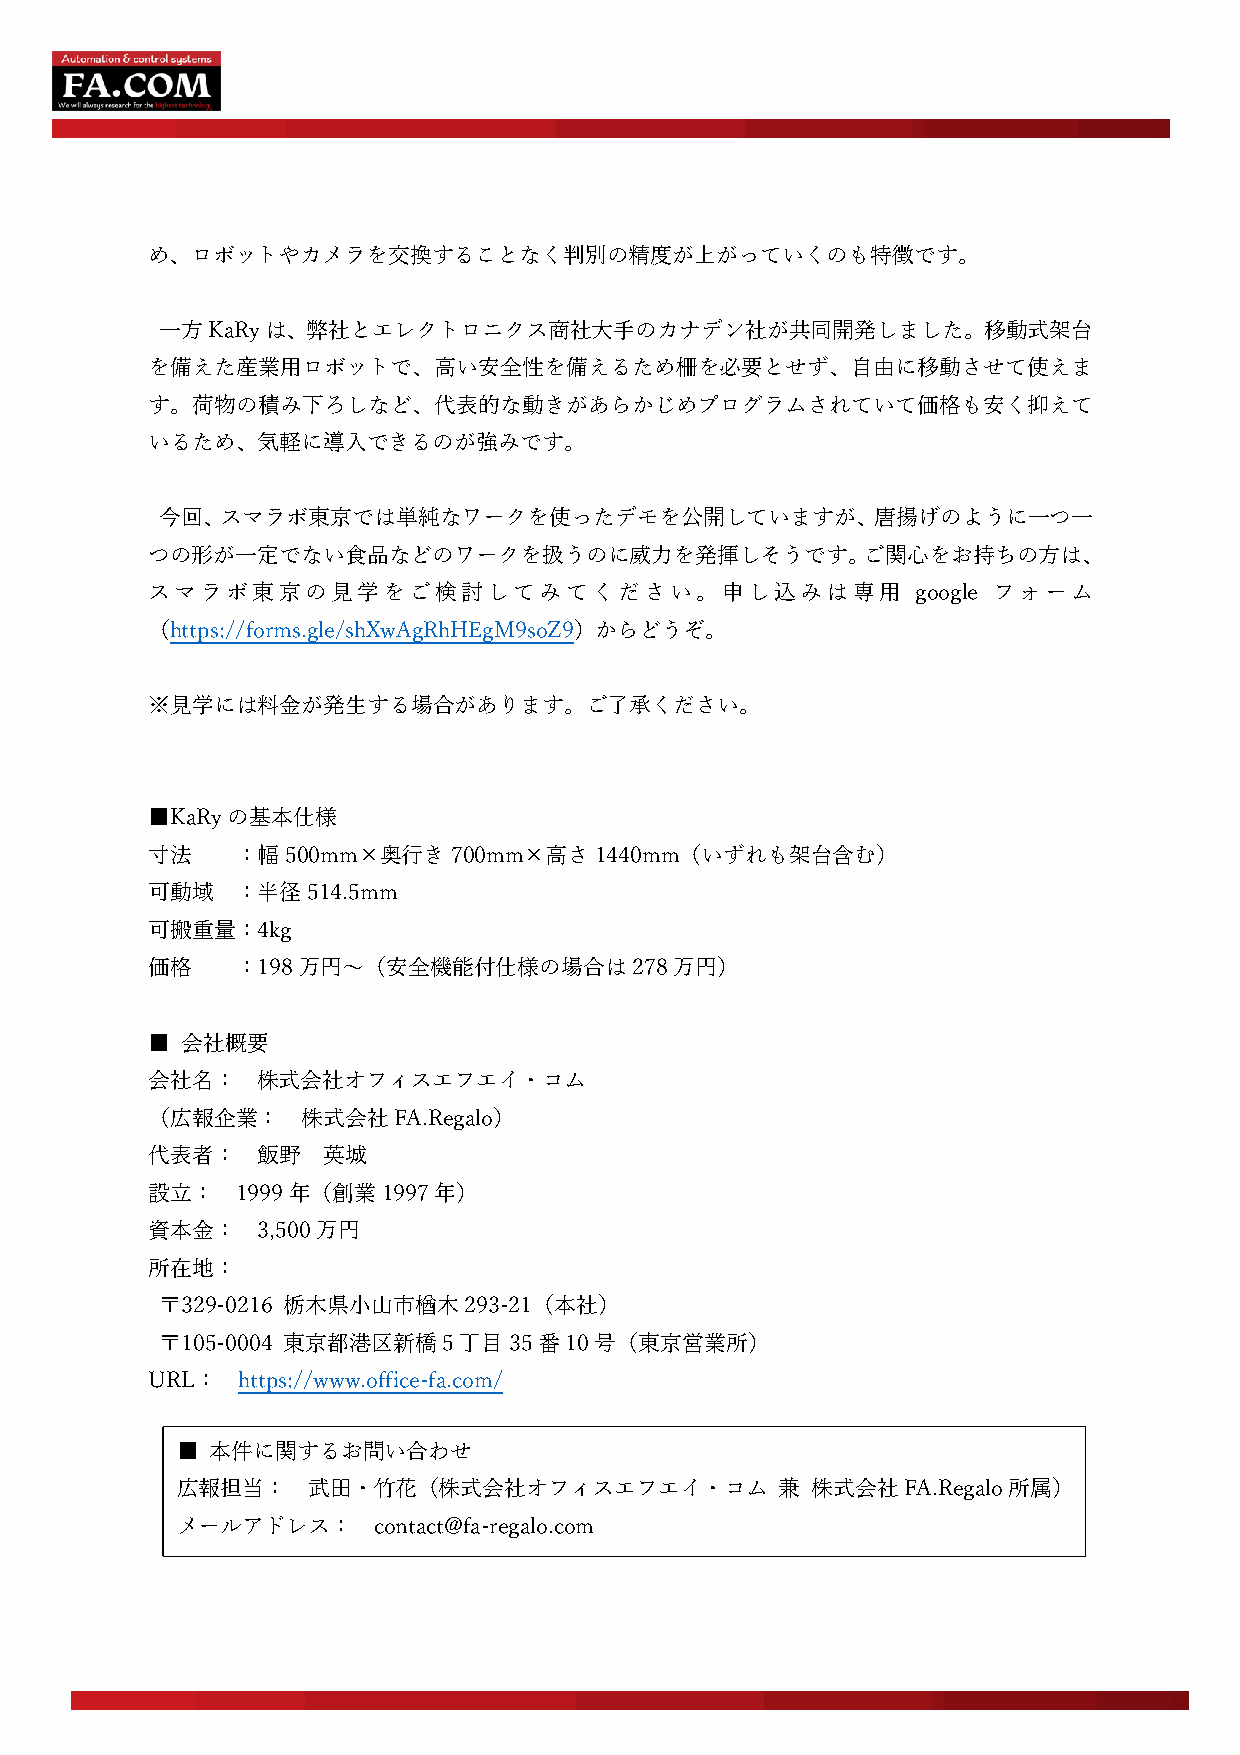
め、ロボットやカメラを交換することなく判別の精度が上がっていくのも特徴です。
 ⼀⽅KaRyは、弊社とエレクトロニクス商社⼤⼿のカナデン社が共同開発しました。移動式架台
 を備えた産業⽤ロボットで、⾼い安全性を備えるため柵を必要とせず、⾃由に移動させて使えま
 す。荷物の積み下ろしなど、代表的な動きがあらかじめプログラムされていて価格も安く抑えて
 いるため、気軽に導⼊できるのが強みです。
 今回、スマラボ東京では単純なワークを使ったデモを公開していますが、唐揚げのように⼀つ⼀
 つの形が⼀定でない⾷品などのワークを扱うのに威⼒を発揮しそうです。ご関⼼をお持ちの⽅は、
 スマラボ東京の⾒学をご        検討してみてください。申し込みは専⽤              google フォーム
 （https://forms.gle/shXwAgRhHEgM9soZ9）からどうぞ。
 ※⾒学には料⾦が発⽣する場合があります。ご了承ください。
 ■KaRyの基本仕様
 ⼨法    ：幅500mm×奥⾏き700mm×⾼さ1440mm（いずれも架台含む）
 可動域   ：半径514.5mm
 可搬重量：4kg
 価格    ：198万円〜（安全機能付仕様の場合は278万円）
 ■ 会社概要
 会社名：   株式会社オフィスエフエイ・コム
 （広報企業：    株式会社FA.Regalo）
 代表者：   飯野  英城
 設⽴：   1999年（創業1997年）
 資本⾦：   3,500万円
 所在地：
 〒329-0216 栃⽊県⼩⼭市楢⽊293-21（本社）
 〒105-0004 東京都港区新橋5丁⽬35番10号（東京営業所）
 URL：  https://www.office-fa.com/
 ■ 本件に関するお問い合わせ
 広報担当：   武⽥・⽵花（株式会社オフィスエフエイ・コム           兼 株式会社FA.Regalo所属）
 メールアドレス：     contact@fa-regalo.com